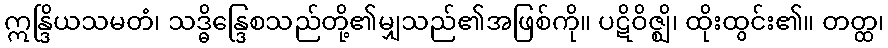
ဣန္ဒြိယသမတံ၊ သဒ္ဓိန္ဒြေစသည်တို့၏မျှသည်၏အဖြစ်ကို။ ပဋိဝိဇ္ဈိ၊ ထိုးထွင်း၏။ တတ္ထ၊